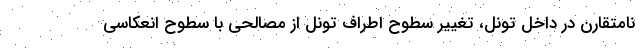
نامتقارن در داخل تونل، تغییر سطوح اطراف تونل از مصالحی با سطوح انعکاسی